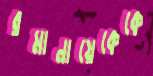
রমানায়েকেকে